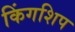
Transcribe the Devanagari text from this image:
किंगशिप